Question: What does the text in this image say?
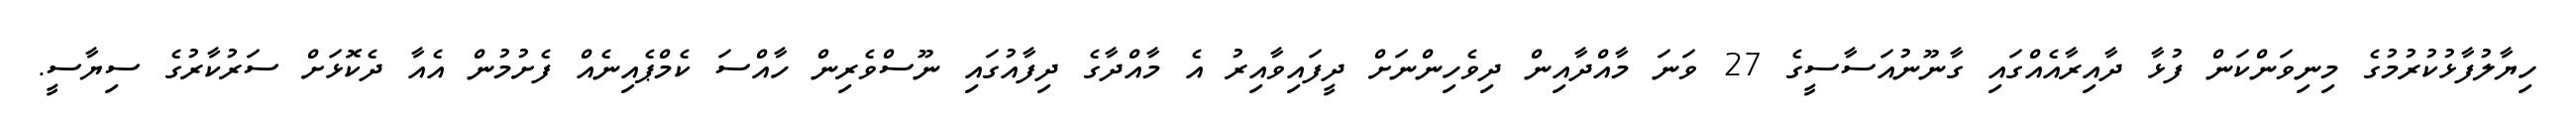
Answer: ހިޔާލުފާޅުކުރުމުގެ މިނިވަންކަން ފުޅާ ދާއިރާއެއްގައި ގާނޫނުއަސާސީގެ 27 ވަނަ މާއްދާއިން ދިވެހިންނަށް ދީފައިވާއިރު އެ މާއްދާގެ ދިފާއުގައި ނޫސްވެރިން ހާއްސަ ކެމްޕެއިނެއް ފެށުމުން އެއާ ދެކޮޅަށް ސަރުކާރުގެ ސިޔާސީ.